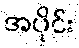
အပိုင်း